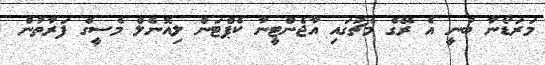
މަރަޑޯނާ ބުނީ އެ ރޭގެ މެޗުގައި އާޖެންޓީނާ ކެޕްޓަން ލިއޮނެލް މެސީގެ ފަރާތުން